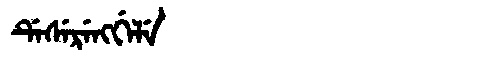
Manchu: ᡩᡝᠰᡝᡵᡝᠩᡤᡝᠯᡝ
Romanization: DESERENGGELE